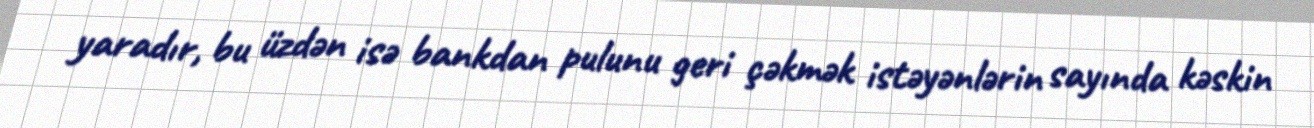
yaradır, bu üzdən isə bankdan pulunu geri çəkmək istəyənlərin sayında kəskin